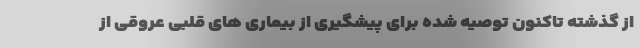
از گذشته تاکنون توصیه شده برای پیشگیری از بیماری های قلبی عروقی از